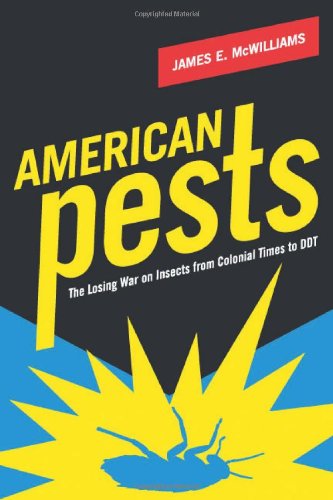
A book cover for American Pests: The Losing War on Insects from Colonial Times to DDT; James E. McWilliams; Science & Math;